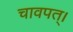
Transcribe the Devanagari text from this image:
चावपत्।